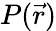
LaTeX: P(\vec{r})